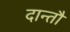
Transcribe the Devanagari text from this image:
दान्तौ